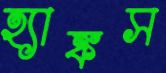
হ্যাঙ্কস